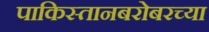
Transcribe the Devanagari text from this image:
पाकिस्तानबरोबरच्या